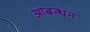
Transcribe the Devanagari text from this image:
आबन्धन